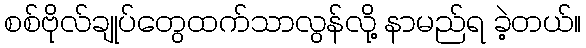
စစ်ဗိုလ်ချုပ်တွေထက်သာလွန်လို့ နာမည်ရ ခဲ့တယ်။